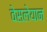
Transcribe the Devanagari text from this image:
वेसलेयान